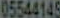
05544145